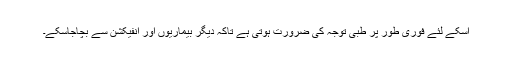
اسکے لئے فوری طور پر طبی توجہ کی ضرورت ہوتی ہے تاکہ دیگر بیماریوں اور انفیکشن سے بچاجاسکے۔